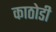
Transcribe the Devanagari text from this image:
काठोडी